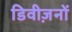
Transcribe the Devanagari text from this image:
डिवीज़नों